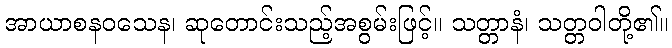
အာယာစနဝသေန၊ ဆုတောင်းသည့်အစွမ်းဖြင့်။ သတ္တာနံ၊ သတ္တဝါတို့၏။